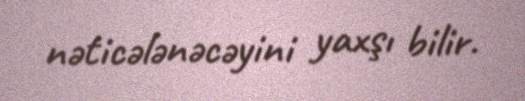
nəticələnəcəyini yaxşı bilir.